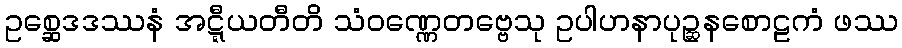
ဥစ္ဆေဒဒဿနံ အဋ္ဋီယတီတိ သံဝဏ္ဏေတဗ္ဗေသု ဥပါဟနာပုဉ္ဆနစောဠကံ ဖဿ